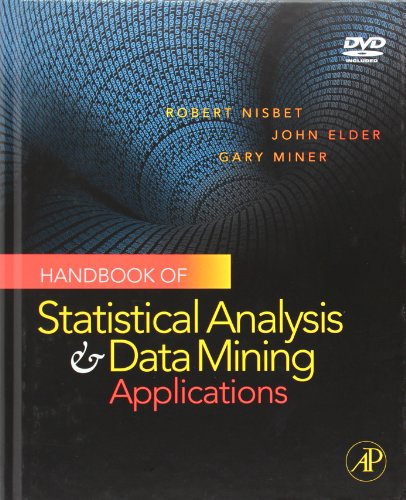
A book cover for Handbook of Statistical Analysis and Data Mining Applications; Gary Miner; Computers & Technology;